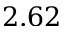
2 . 6 2